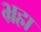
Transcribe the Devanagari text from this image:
भ्रह्म